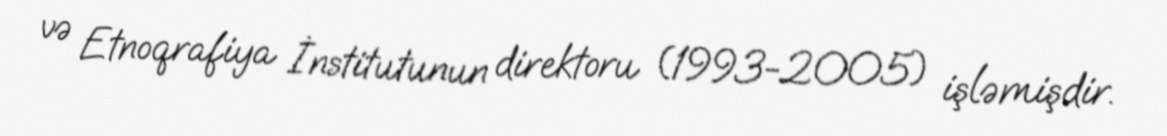
və Etnoqrafiya İnstitutunun direktoru (1993-2005) işləmişdir.